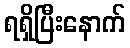
ရရှိပြီးနောက်